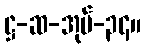
ဋ္ဌ-ဆ-အုပ်-၃၄။